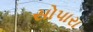
સોપારા